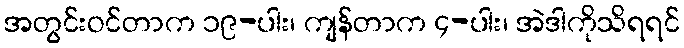
အတွင်းဝင်တာက ၁၉-ပါး၊ ကျန်တာက ၄-ပါး၊ အဲဒါကိုသိရရင်